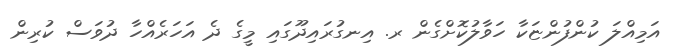
އަމިއްލަ ކުންފުންޏަކާ ހަވާލުކޮށްގެން ރ. އިނގުރައިދޫގައި މީގެ ދެ އަހަރެއްހާ ދުވަސް ކުރިން